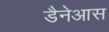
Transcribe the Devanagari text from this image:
डैनेआस